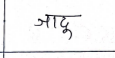
मजकूर: जादू